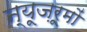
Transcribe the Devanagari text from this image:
न्यूज़रूमों